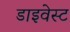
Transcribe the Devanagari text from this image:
डाइवेस्ट